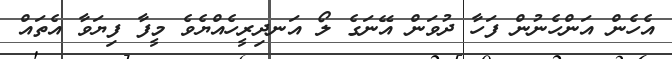
އެހެން އަންހެނުން ފަހާ ދުވަން އޭނަގެ ލޯ އަނދިރީހެއްޔެވެ މީފާ ފިޔަވާ އެތައް